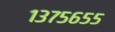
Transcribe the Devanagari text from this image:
१३७५६५५